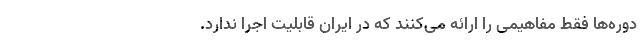
دوره‌ها فقط مفاهیمی را ارائه می‌کنند که در ایران قابلیت اجرا ندارد.